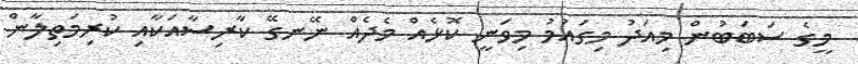
މީގެ ސަބަބުން މިއަދު މިގައުމު މިވަނީ ކޮޅެއް މެދެއް ނޭނގޭ ކާރިސާއަކާއި ކުރިމަތިލާން